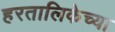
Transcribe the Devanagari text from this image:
हरतालिकेच्या